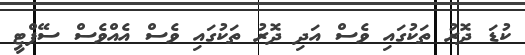
ކުޑަ ދޮރު ތަކުގައި ވެސް އަދި ދޮރު ތަކުގައި ވެސް އެއްވެސް ސޭފްޓީ